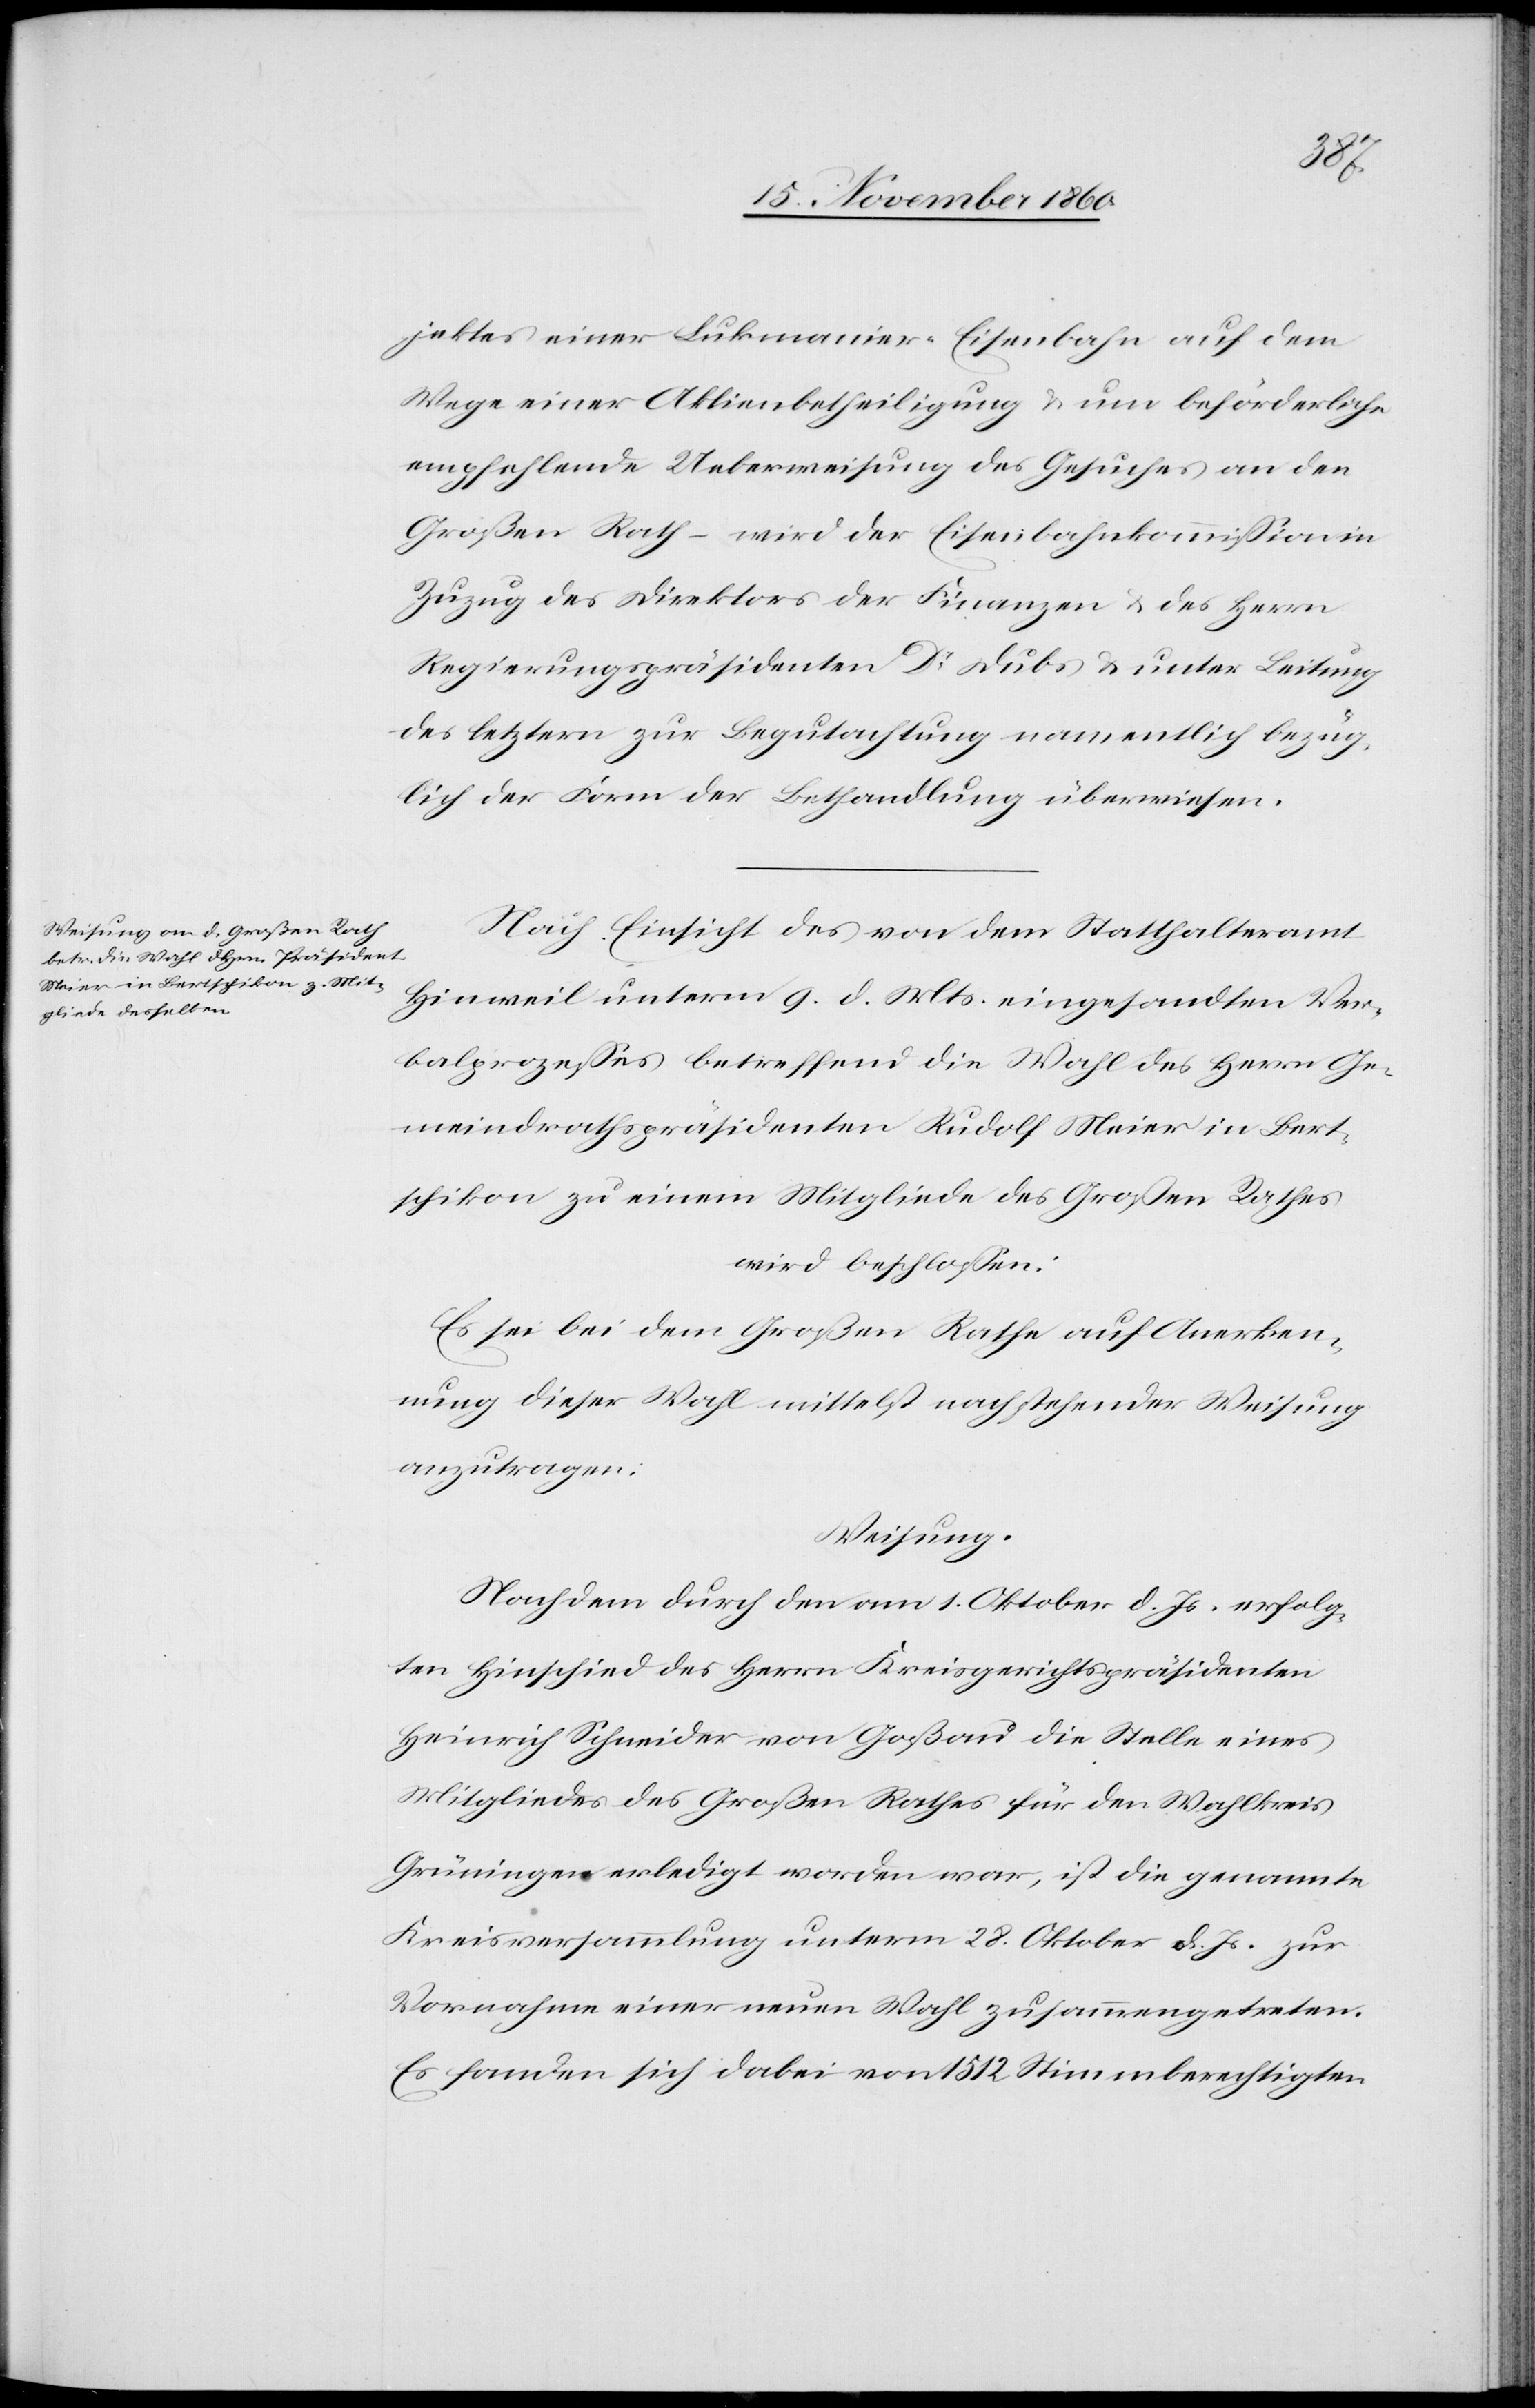
jektes einer Lukmanier-Eisenbahn auf dem
Wege einer Aktienbetheiligung u. um beförderliche
empfehlende Ueberweisung des Gesuches an den
Großen Rath – wird der Eisenbahnkommission in
Zuzug des Direktors der Finanzen u. des Herrn
Regierungspräsidenten Dr Dubs u. unter Leitung
des letztern zur Begutachtung namentlich bezüg¬
lich der Form der Behandlung überwiesen.
Nach Einsicht des von dem Statthalteramt
Hinweil unterm 9. d. Mts. eingesandten Ver¬
balprozesses betreffend die Wahl des Herrn Ge¬
meindrathspräsidenten Rudolf Meier in Bert¬
schikon zu einem Mitgliede des Großen Rathes
wird beschlossen:
Es sei bei dem Großen Rathe auf Anerken¬
nung dieser Wahl mittelst nachstehender Weisung
anzutragen:
Weisung.
Nachdem durch den am 1. Oktober d. Js. erfolg¬
ten Hinschied des Herrn Kreisgerichtspräsidenten
Heinrich Schneider von Goßau die Stelle eines
Mitgliedes des Großen Rathes für den Wahlkreis
Grüningen erledigt worden war, ist die genannte
Kreisversammlung unterm 28. Oktober d. Js. zur
Vornahme einer neuen Wahl zusammengetreten.
Es fanden sich dabei von 1512 Stimmberechtigten